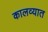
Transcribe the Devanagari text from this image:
कालव्यात